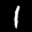
Label: 1